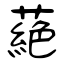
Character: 蕝